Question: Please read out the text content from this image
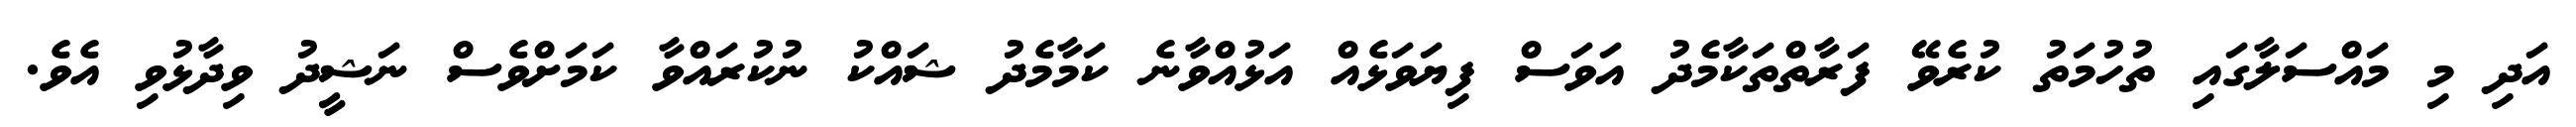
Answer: އަދި މި މައްސަލާގައި ތުހުމަތު ކުރެވޭ ފަރާތްތަކާމެދު އަވަސް ފިޔަވަޅެއް އަޅުއްވާނެ ކަމާމެދު ޝައްކު ނުކުރައްވާ ކަމަށްވެސް ނަޝީދު ވިދާޅުވި އެވެ.